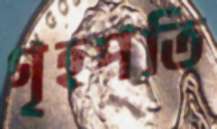
গৃহপতি